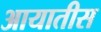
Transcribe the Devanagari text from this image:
आयातीस